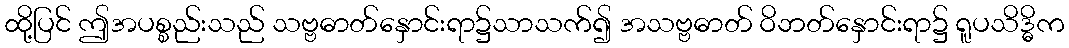
ထို့ပြင် ဤအပစ္စည်းသည် သဗ္ဗဓာတ်နှောင်းရာ၌သာသက်၍ အသဗ္ဗဓာတ် ဝိဘတ်နှောင်းရာ၌ ရူပသိဒ္ဓိက